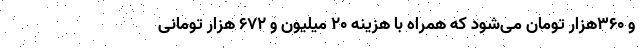
و ۳۶۰هزار تومان می‌شود که همراه با هزینه ۲۰ میلیون و ۶۷۲ هزار تومانی